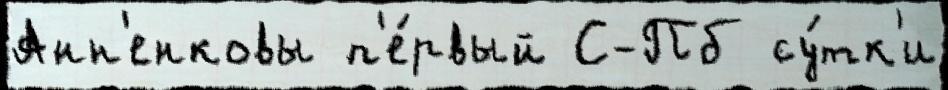
Анн'енковы п'е́рвый С-Пб су́тк'и